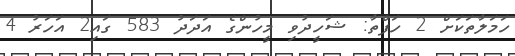
ހަމަލާތަކަށް 2 ހަފްތާ: ޝަހީދުވި މީހުންގެ އަދަދު 583 ގައި2 އަހަރު 4